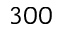
3 0 0